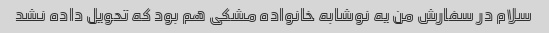
سلام در سفارش من یه نوشابه خانواده مشکی هم بود که تحویل داده نشد